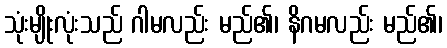
သုံးမျိုးလုံးသည် ဂါမလည်း မည်၏၊ နိဂမလည်း မည်၏၊